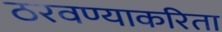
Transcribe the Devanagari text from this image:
ठरवण्याकरिता